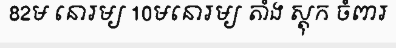
82ម នោរម្យ 10មនោរម្យ តាំង ស្តុក ចំពារ